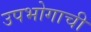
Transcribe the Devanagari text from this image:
उपभोगाची